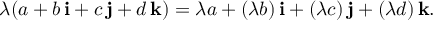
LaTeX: \lambda ( a + b \, \mathbf { i } + c \, \mathbf { j } + d \, \mathbf { k } ) = \lambda a + ( \lambda b ) \, \mathbf { i } + ( \lambda c ) \, \mathbf { j } + ( \lambda d ) \, \mathbf { k } .